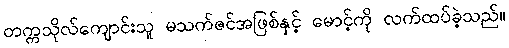
တက္ကသိုလ်ကျောင်းသူ မသက်ဇင်အဖြစ်နှင့် မောင့်ကို လက်ထပ်ခဲ့သည်။